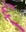
દૂઁ